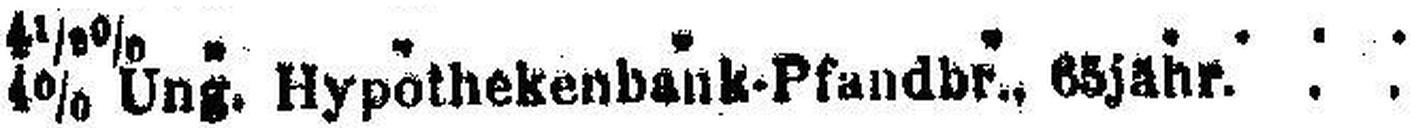
4% Ung. Hypothekenbank-Pfandbr., 65jähr.